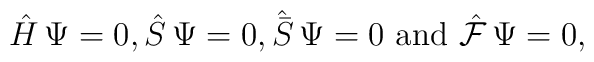
\hat H \, \Psi =0, \hat S \, \Psi =0, {\hat{\bar{S}}}\, \Psi = 0 \,\, {\rm and} \,\,\hat{\cal F} \, \Psi =0 ,